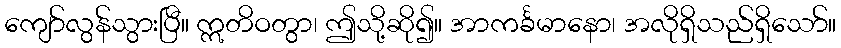
ကျော်လွန်သွားပြီ။ ဣတိဝတွာ၊ ဤသို့ဆို၍။ အာကင်္ခမာနော၊ အလိုရှိသည်ရှိသော်။